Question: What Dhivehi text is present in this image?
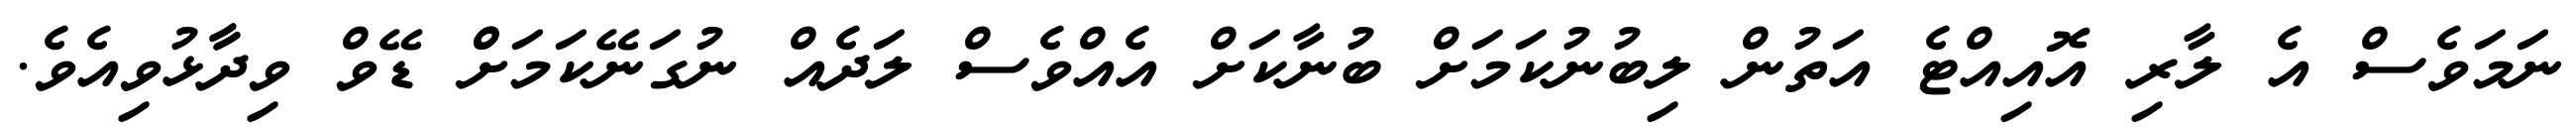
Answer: ނަމަވެސް އެ ލާރި އޮއިއްޓެ އަތުން ލިބުނުކަމަށް ބުނާކަށް އެއްވެސް ލަދެއް ނުގަނޭކަމަށްް ޑޭވް ވިދާާޅުވިއެވެ.